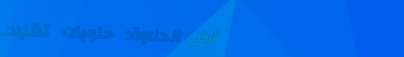
أرض الحلاوة: حلويات تقليد